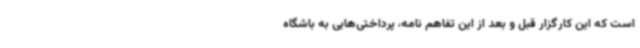
است که این کارگزار قبل و بعد از این تفاهم نامه، پرداختی‌هایی به باشگاه